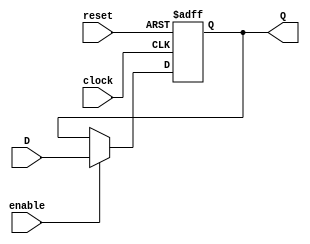
module register_d (
    clock,
    reset,
    enable,
    D,
    Q
);
  parameter N = 4;
  parameter reset_value = 1;
  input wire clock, reset, enable;
  input wire [N - 1:0] D;
  output reg [N - 1:0] Q;

  always @(posedge clock, posedge reset)
    if (reset == 1) Q <= reset_value;
    else if (enable == 1) Q <= D;
    else Q <= Q;
endmodule